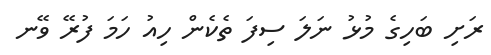
ރަށި ބަހިގެ މުޅު ނަލަ ސިފަ ތެކެން ހިއު ހަމަ ފުރޭ ވޭނ